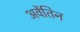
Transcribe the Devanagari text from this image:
अवेंतिन